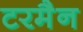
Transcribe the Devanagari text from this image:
टरमैन